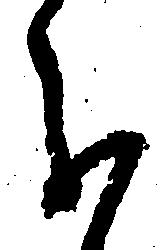
分